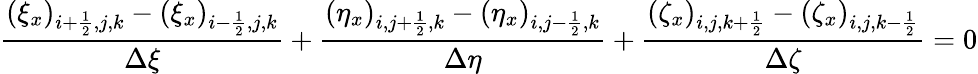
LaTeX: \frac{(\xi_{x})_{i+\frac{1}{2},j,k}-(\xi_{x})_{i-\frac{1}{2},j,k}}{\Delta\xi}+\frac{(\eta_{x})_{i,j+\frac{1}{2},k}-(\eta_{x})_{i,j-\frac{1}{2},k}}{\Delta\eta}+\frac{(\zeta_{x})_{i,j,k+\frac{1}{2}}-(\zeta_{x})_{i,j,k-\frac{1}{2}}}{\Delta\zeta}=0